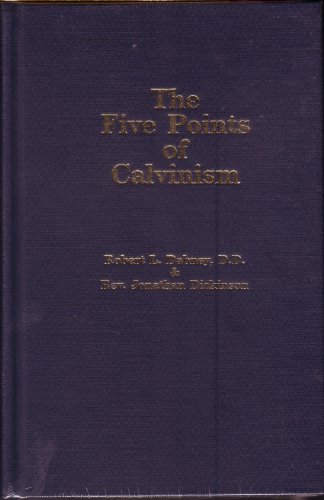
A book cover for Five Points of Calvinism; R. L. Dabney; Christian Books & Bibles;